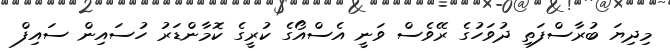
މިދިޔަ ބުރާސްފަތި ދުވަހުގެ ރޭވެސް ވަނީ އެސްއޯގެ ކުރީގެ ކޮމާންޑަރު ހުސައިން ސައިފް